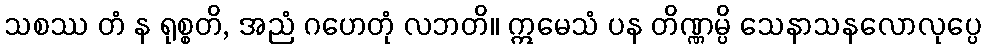
သစဿ တံ န ရုစ္စတိ, အညံ ဂဟေတုံ လဘတိ။ ဣမေသံ ပန တိဏ္ဏမ္ပိ သေနာသနလောလုပ္ပေ